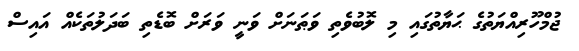
ޖުމްހޫރިއްޔަތުގެ ޙަޔާތުގައި މި ލޮބުވެތި ވަޠަނަށް ވަނީ ވަރަށް ބޮޑެތި ބަދަލުތަކެއް އައިސް